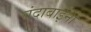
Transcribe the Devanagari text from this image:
चंदाबाईंनी